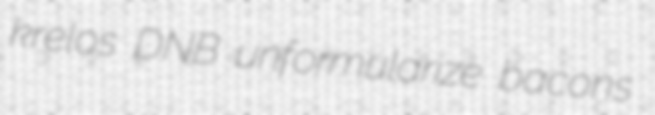
krelos DNB unformularize bacons